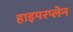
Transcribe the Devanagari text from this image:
हाइपरप्लेन